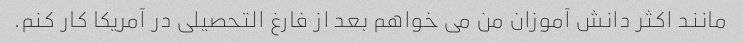
مانند اکثر دانش آموزان من می خواهم بعد از فارغ التحصیلی در آمریکا کار کنم.